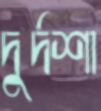
দুর্দশা